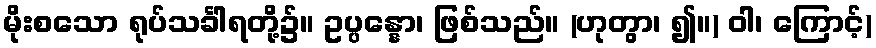
မိုးစသော ရုပ်သင်္ခါရတို့၌။ ဥပ္ပန္နော၊ ဖြစ်သည်။ (ဟုတွာ၊ ၍။) ဝါ၊ ကြောင့်)